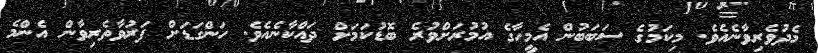
މެދުވެރިވާނެއެވެ. މިކަމުގެ ސަބަބުން އެމީހާގެ އުމުރަށްވުރެ ބޮޑުކަމަށް ދައްކާނެއެވެ. ހަންގަޑަށް ފަރުވާތެރިވާން އެންމެ